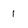
Character: 1